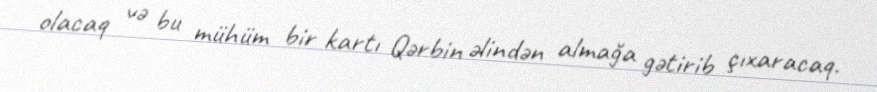
olacaq və bu mühüm bir kartı Qərbin əlindən almağa gətirib çıxaracaq.